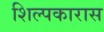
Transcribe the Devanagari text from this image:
शिल्पकारास